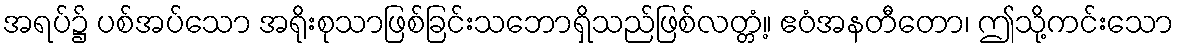
အရပ်၌ ပစ်အပ်သော အရိုးစုသာဖြစ်ခြင်းသဘောရှိသည်ဖြစ်လတ္တံ့။ ဧဝံအနတီတော၊ ဤသို့ကင်းသော